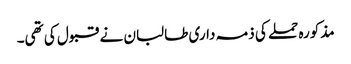
مذکورہ حملے کی ذمہ داری طالبان نے قبول کی تھی۔